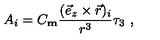
A _ { i } = C _ { \mathrm { \bf m } } \frac { ( \vec { e } _ { z } \times \vec { r } ) _ { i } } { r ^ { 3 } } \tau _ { 3 } \ ,